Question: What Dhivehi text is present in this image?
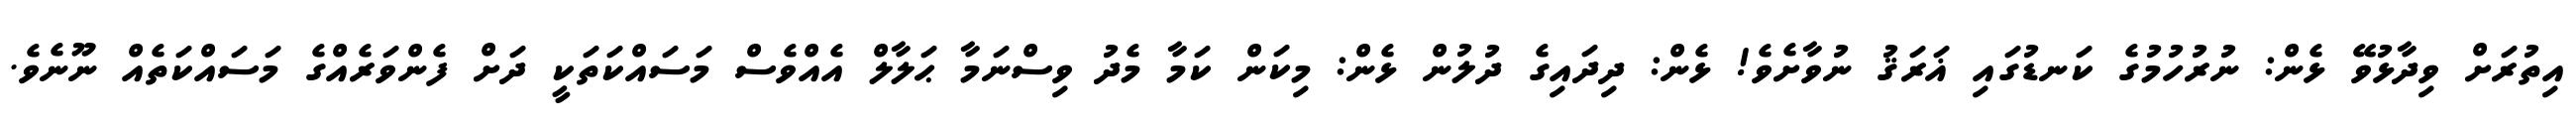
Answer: އިތުރަށް ވިދާޅުވޭ ޅެން: ނުރުހުމުގެ ކަނޑުގައި ޣަރަޤު ނުވާށެވެ! ޅެން: ދިދައިގެ ދުލުން ޅެން: މިކަން ކަމާ މެދު ވިސްނަމާ ޙަލާލް އެއްވެސް މަސައްކަތަކީ ދަށް ފެންވަރެއްގެ މަސައްކަތެއް ނޫނެވެ.